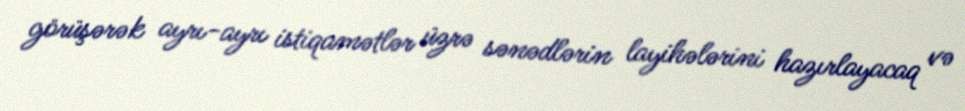
görüşərək ayrı-ayrı istiqamətlər üzrə sənədlərin layihələrini hazırlayacaq və